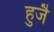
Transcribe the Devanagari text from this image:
हुजै